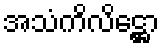
အသံကိလိဋ္ဌော